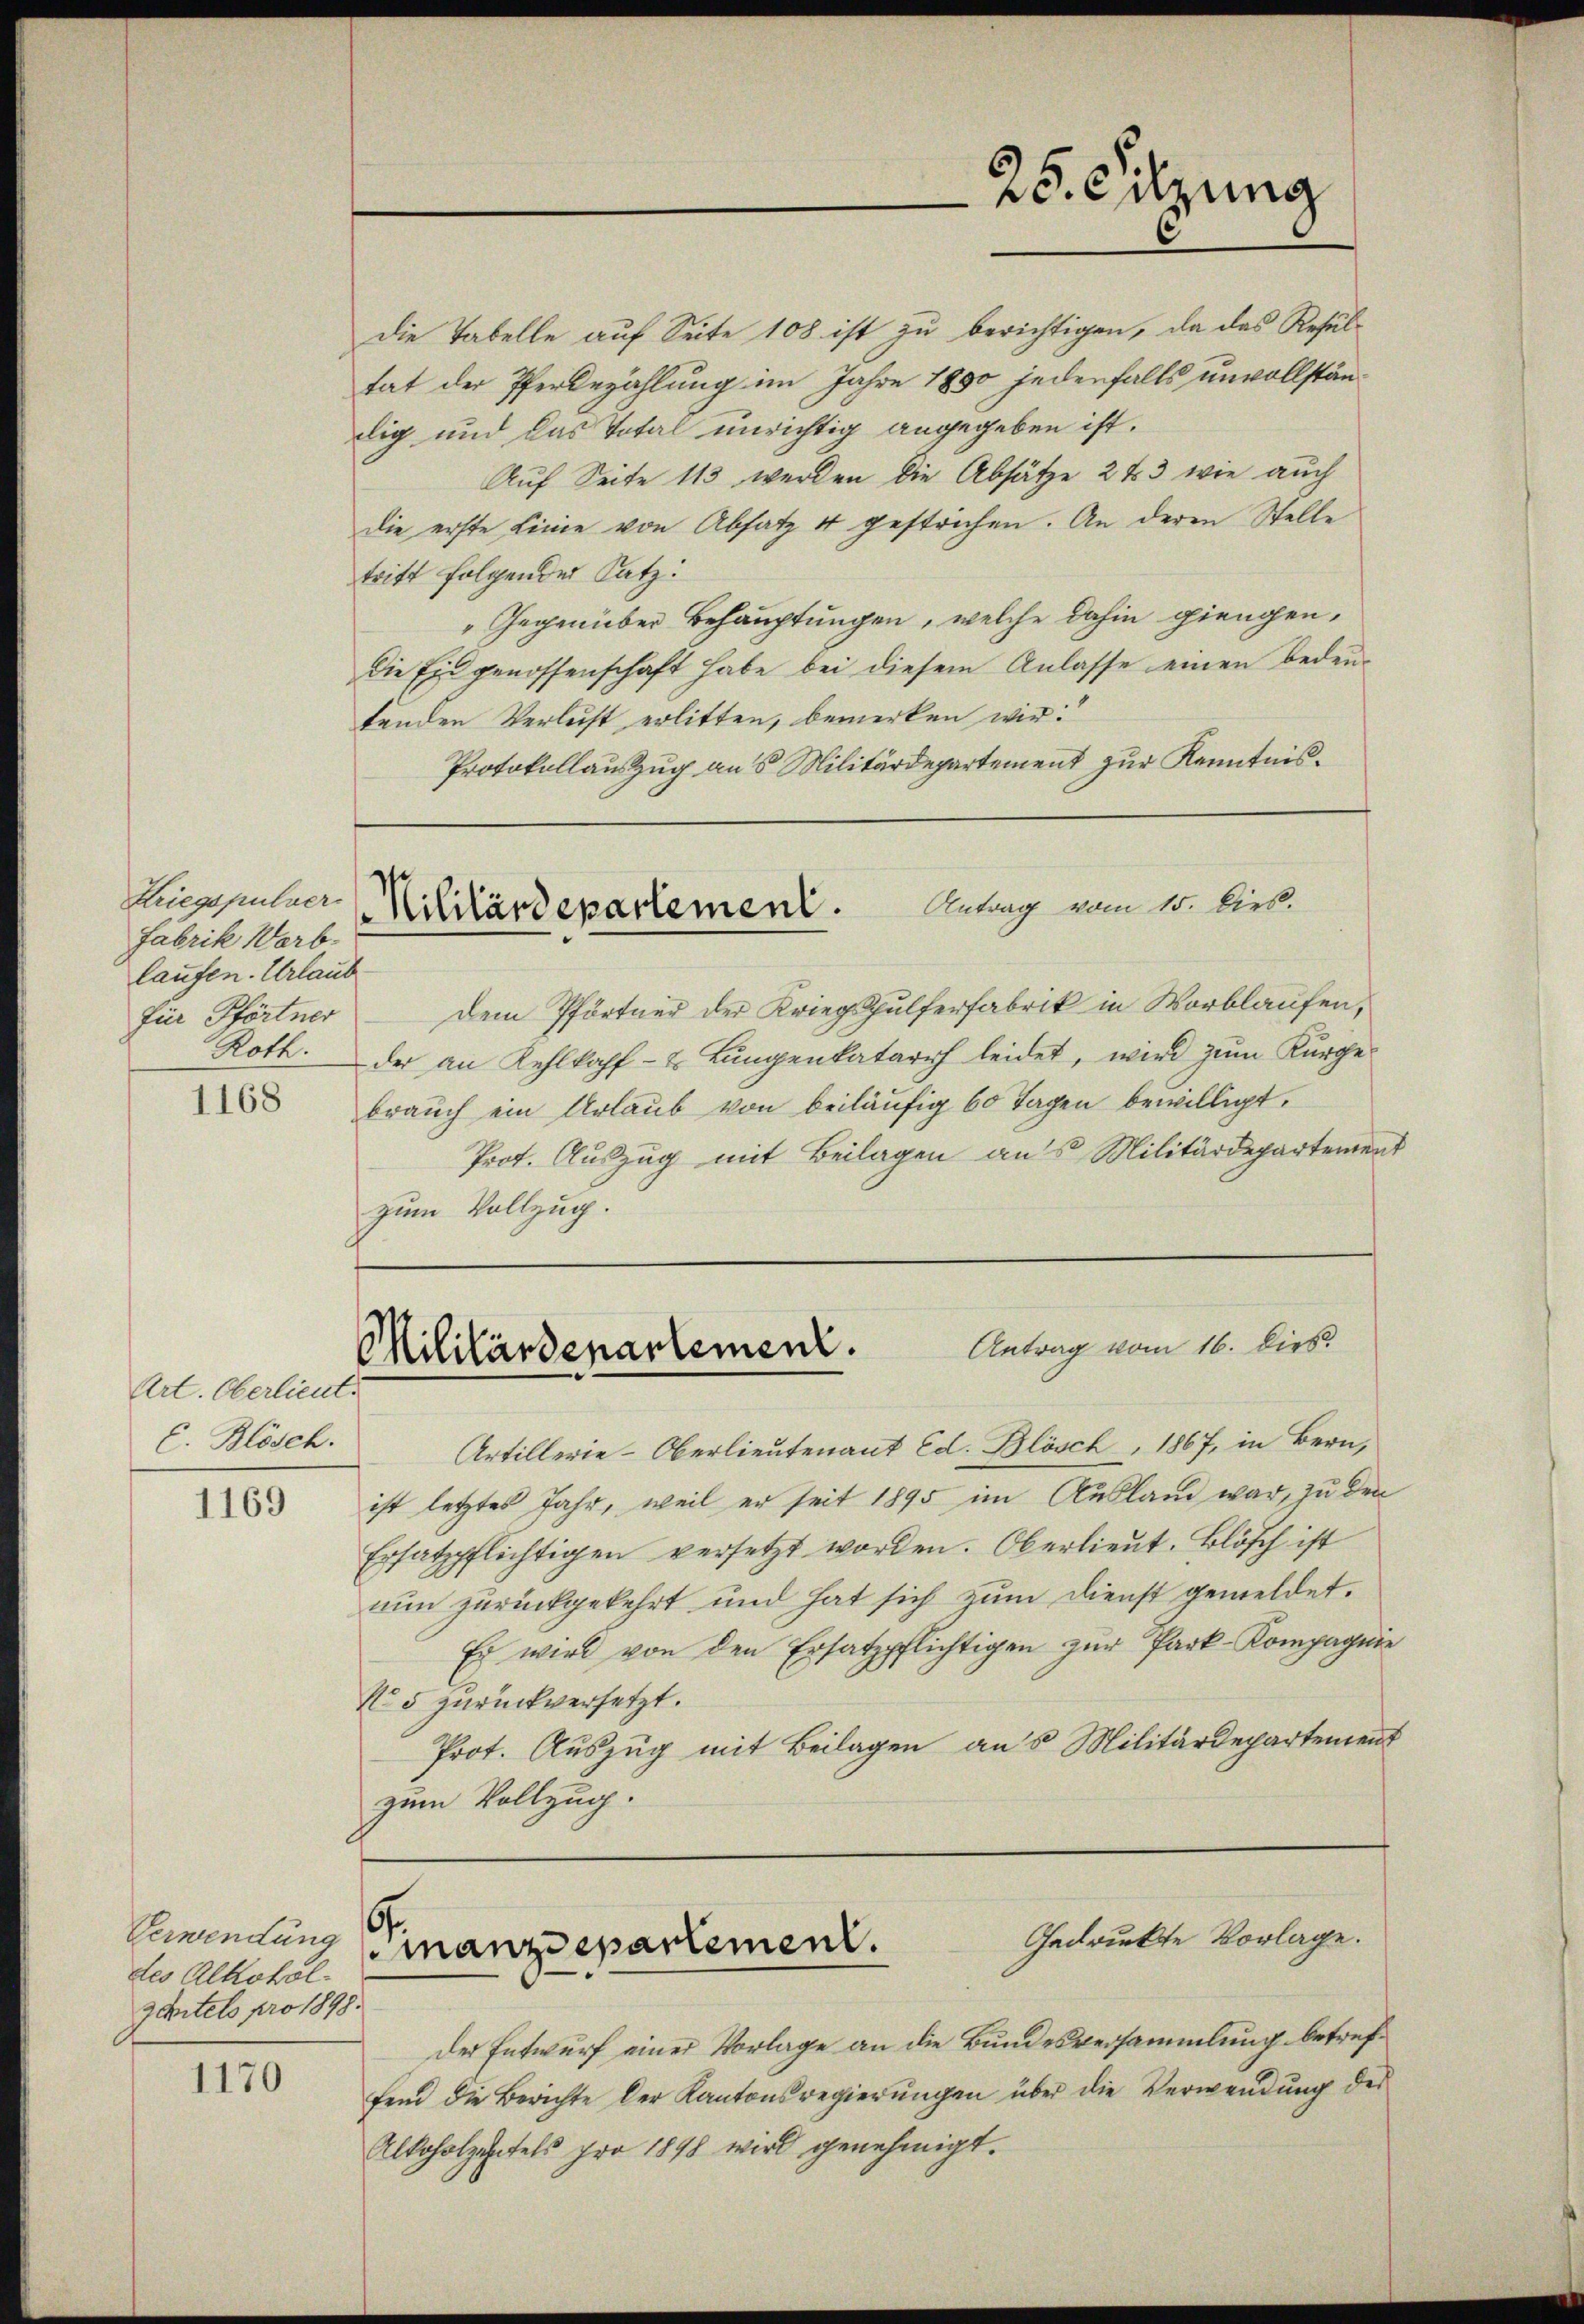
Kriegspulver
Fabrik Warb.
laufen. Urlaub
für Pförtner
1168

1169

1170

Art. Oberlieut.
C. Blösch.

Verwendung
des Alkoholgantels pro 1898.

Die Tabelle auf Seite 108 ist zu berichtigen, da das Resultat der Pferdezählung im Jahre 1890 jedenfalls unvollständlig und das Total unrichtig angegeben ist.
Auf Seite 113 werden die Absätze 2 t 3 wie auch
die erste Linie von Absatz 4 gestrichen. An deren Stelle
tritt folgender Satz:
"Gegenüber Behauptungen, welche dahin giengen,
die Ein genossenschaft habe bei diesem Anlasse einen bedeutenden Verlust erlitten, bemerken wir:
Protokollauszug aus Militärdepartement zur Kenntnis.

25. Sitzung

Antrag vom 15. Dies.
Nililärdepartement.

Antrag vom 16. Dies
Militärdepartement.

Dem Pförtner der Kriegspulferfabrik in Worblaufen,
Roth. der an Kehlkopf- & Lŭngenkatarrh leidet, wird zŭm Kurgebraŭch ein Urlaŭb von beiläufig 60 Tagen bewilligt.
Prot. Auszug mit Beilagen aus Militärdepartement
zum Vollzug.

Artillerie-Oberlieutenant Ed. Blösch, 1867, in Bern,
ist letztes Jahr, weil er seit 1895 im Ausland war, zu den
Ersatzpflichtigen versetzt worden. Oberlieut. Blösch ist
nun zurückgekehrt und hat sich zum Dienst gemeldet.
Es wird von den Ersatzpflichtigen zŭr Park-Kompagnie
No 5 zurückversetzt.
Prot. Auszug mit Beilagen aus Militärdepartement
zum Vollzug.

6
Gedruckte Vorlage.
manzdepartement.

der Entwurf einer Vorlage an die Bundesversammlung betreffend die Berichte der Kantonsregierungen über die Verwendung des
Alkoholzeitels pro 1898 wird genehmigt.